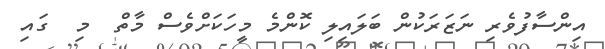
އިންސާފުވެރި ނަޒަރަކުން ބަލައިލި ކޮންމެ މީހަކަށްވެސް މާތް  މި  ގައި